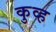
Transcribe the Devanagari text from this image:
कुव्ह